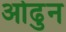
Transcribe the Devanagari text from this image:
ओढुन